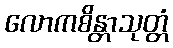
လောကစိန္တာသုတ္တံ